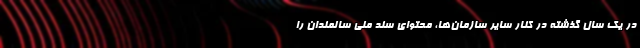
در یک سال گذشته در کنار سایر سازمان‌ها، محتوای سند ملی سالمندان را